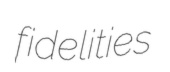
fidelities